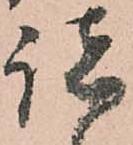
諸